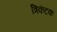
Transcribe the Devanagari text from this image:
त्रिकंटक